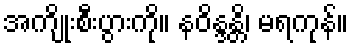
အကျိုးစီးပွားကို။ နဝိန္ဒန္တိ၊ မရကုန်။